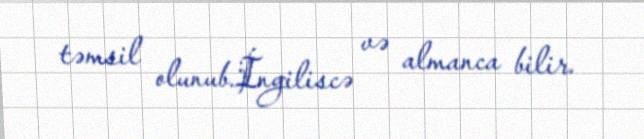
təmsil olunub.İngiliscə və almanca bilir.